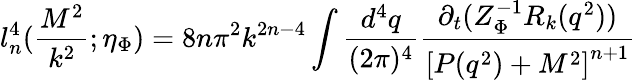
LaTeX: l_{n}^{4}(\frac{M^{2}}{k^{2}};\eta_{\Phi})=8n\pi^{2}k^{2n-4}\int\frac{d^{4}q}{(2\pi)^{4}}\frac{\partial_{t}(Z_{\Phi}^{-1}R_{k}(q^{2}))}{\left[P(q^{2})+M^{2}\right]^{n+1}}